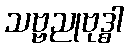
သဗ္ဗညုဗုဒ္ဓါ